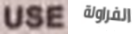
USE الفراولة